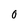
Character: 0